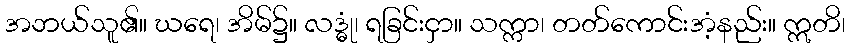
အဘယ်သူ၏။ ဃရေ၊ အိမ်၌။ လဒ္ဓုံ၊ ရခြင်းငှာ။ သက္ကာ၊ တတ်ကောင်းအံ့နည်း။ ဣတိ၊